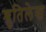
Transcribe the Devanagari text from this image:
श्रुतिलेख